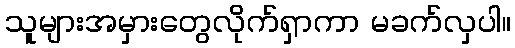
သူများအမှားတွေလိုက်ရှာကာ မခက်လှပါ။